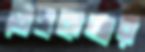
ডিসকভার